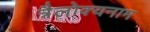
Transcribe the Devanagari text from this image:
त्रैलोक्यनाम